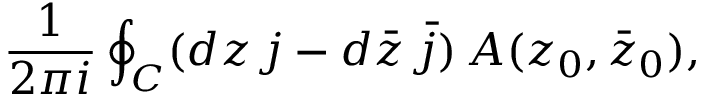
\frac { 1 } { 2 \pi i } \oint _ { C } ( d z \, j - d \bar { z } \, \bar { j } ) \, { \cal A } ( z _ { 0 } , \bar { z } _ { 0 } ) ,